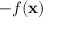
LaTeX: - f ( \mathbf { x } )